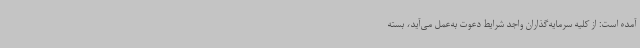
آمده است: از کلیه سرمایه‌گذاران واجد شرایط دعوت به‌عمل می‌آید، بسته